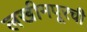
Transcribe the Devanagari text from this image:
लखीमपूरची